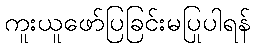
ကူးယူဖော်ပြခြင်းမပြုပါရန်